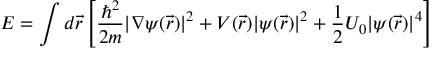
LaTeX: E = \int d { \vec { r } } \left[ { \frac { \hbar ^ { 2 } } { 2 m } } | \nabla \psi ( { \vec { r } } ) | ^ { 2 } + V ( { \vec { r } } ) | \psi ( { \vec { r } } ) | ^ { 2 } + { \frac { 1 } { 2 } } U _ { 0 } | \psi ( { \vec { r } } ) | ^ { 4 } \right]